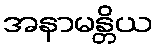
အနာမန္တိယ